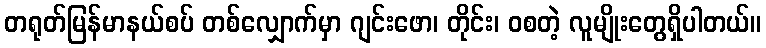
တရုတ်မြန်မာနယ်စပ် တစ်လျှောက်မှာ ဂျင်းဖော၊ တိုင်း၊ ဝစတဲ့ လူမျိုးတွေရှိပါတယ်။